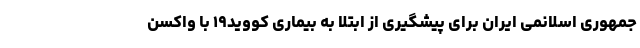
جمهوری اسلانمی ایران برای پیشگیری از ابتلا به بیماری کووید۱۹ با واکسن